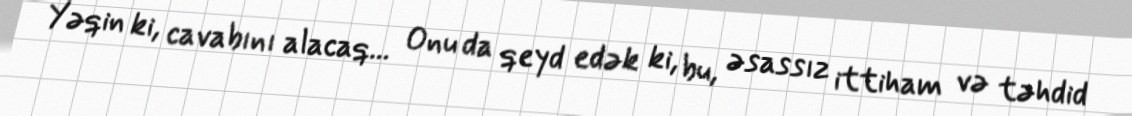
Yəqin ki, cavabını alacaq... Onu da qeyd edək ki, bu, əsassız ittiham və təhdid